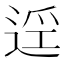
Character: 𲅜